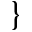
\}